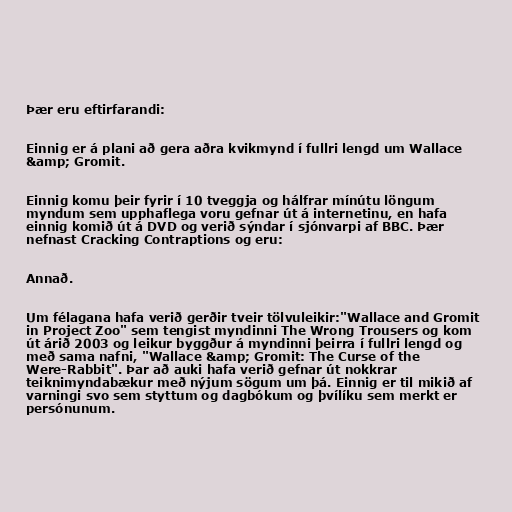
Þær eru eftirfarandi:

Einnig er á plani að gera aðra kvikmynd í fullri lengd um Wallace
&amp; Gromit.

Einnig komu þeir fyrir í 10 tveggja og hálfrar mínútu löngum
myndum sem upphaflega voru gefnar út á internetinu, en hafa
einnig komið út á DVD og verið sýndar í sjónvarpi af BBC. Þær
nefnast Cracking Contraptions og eru:

Annað.

Um félagana hafa verið gerðir tveir tölvuleikir:"Wallace and Gromit
in Project Zoo" sem tengist myndinni The Wrong Trousers og kom
út árið 2003 og leikur byggður á myndinni þeirra í fullri lengd og
með sama nafni, "Wallace &amp; Gromit: The Curse of the
Were-Rabbit". Þar að auki hafa verið gefnar út nokkrar
teiknimyndabækur með nýjum sögum um þá. Einnig er til mikið af
varningi svo sem styttum og dagbókum og þvílíku sem merkt er
persónunum.